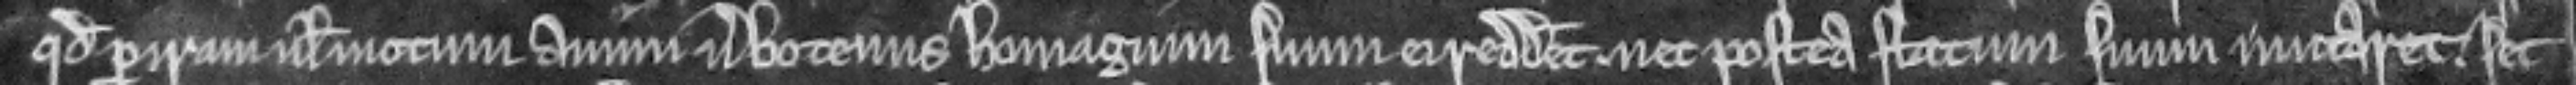
quod per iram vel motum animi verbotenus homagium suum ei reddidisset. nec postea statum suum mutaret. set